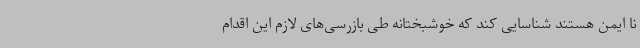
نا ایمن هستند شناسایی کند که خوشبختانه طی بازرسی‌های لازم این اقدام